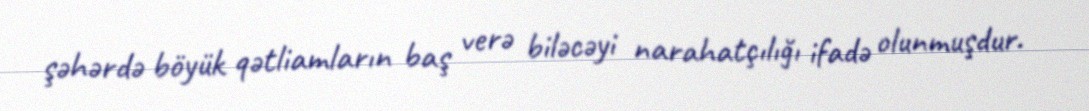
şəhərdə böyük qətliamların baş verə biləcəyi narahatçılığı ifadə olunmuşdur.